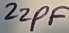
Text: 22PF